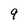
Character: 9